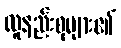
လူနည်းစုများ၏